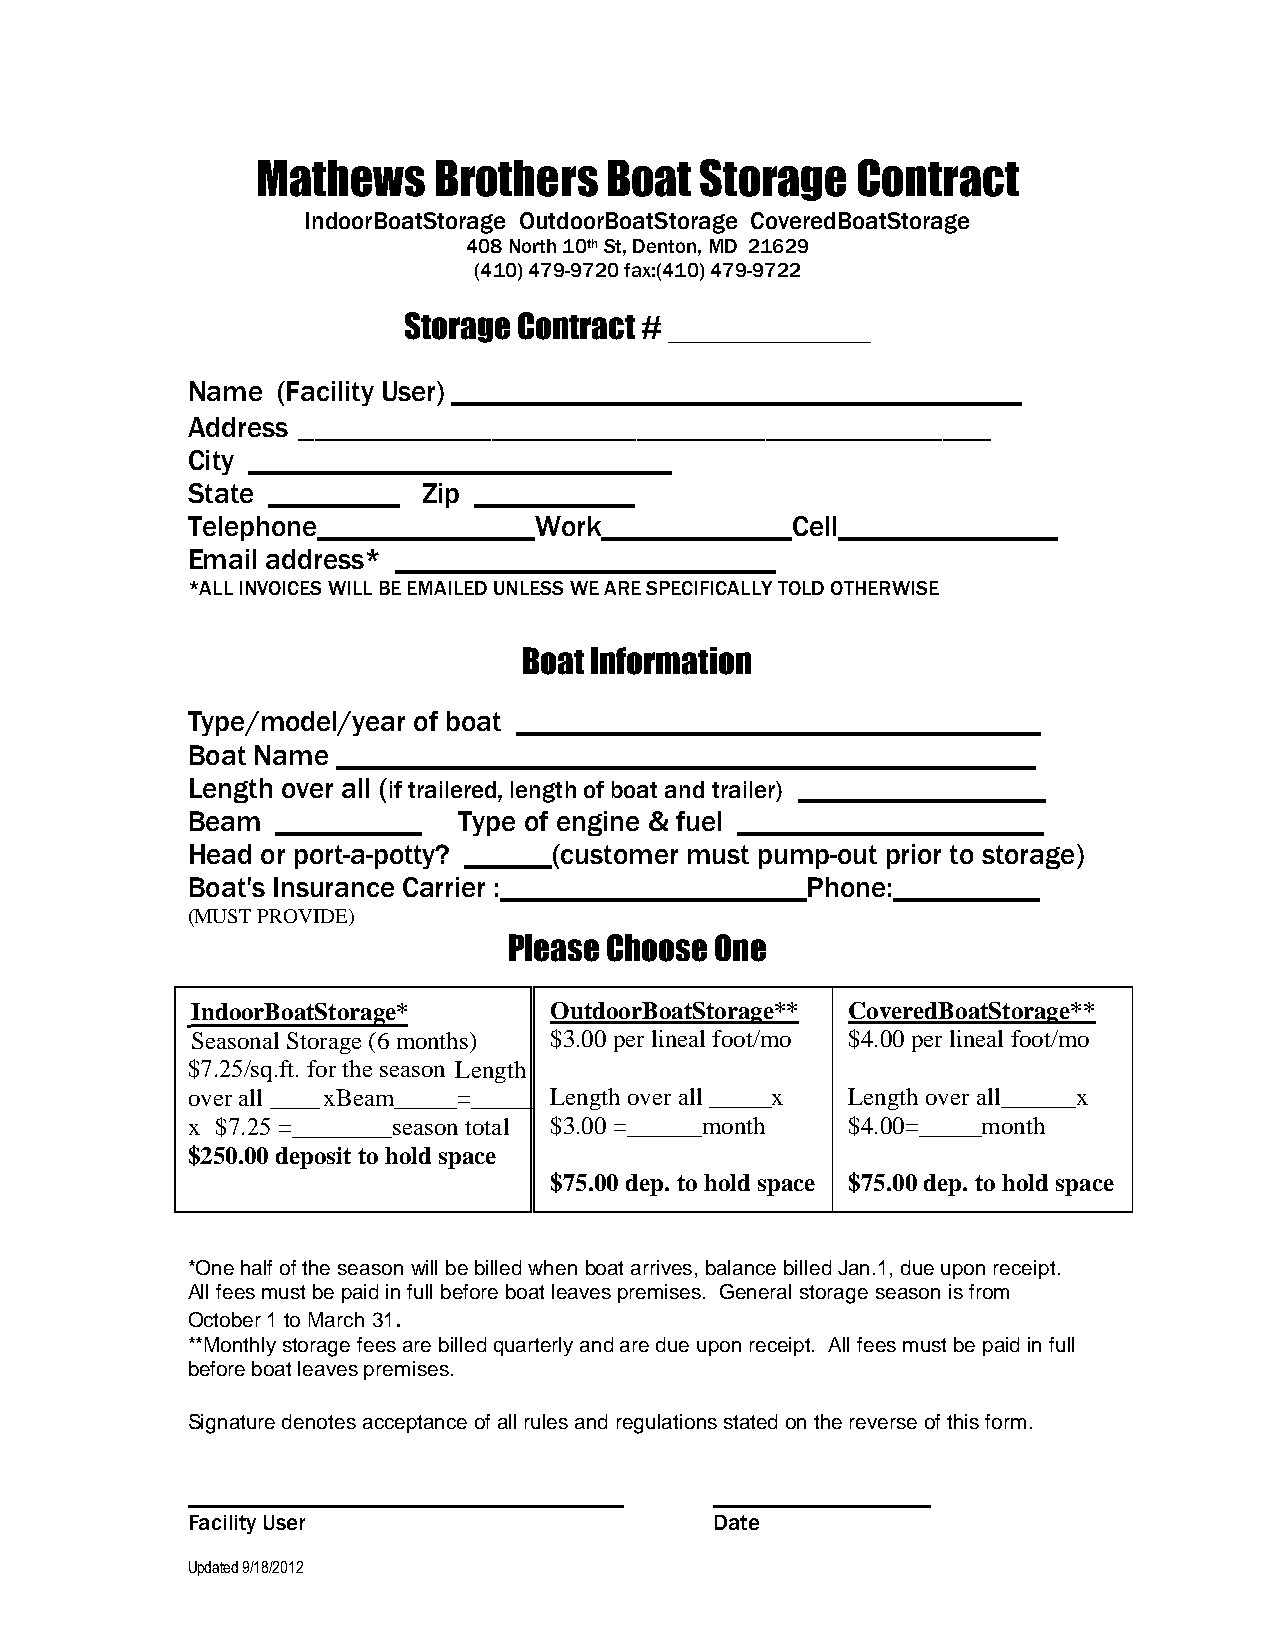
Mathews     Brothers   Boat  Storage    Contract
 IndoorBoatStorage OutdoorBoatStorage CoveredBoatStorage
 408 North 10th St, Denton, MD 21629
 (410)479-9720 fax:(410) 479-9722
 Storage Contract # ___________
 Name  (Facility User) _______________________________________
 Address ___________________________________________
 City _____________________________
 State _________ Zip ___________
 Telephone_______________Work_____________Cell_______________
 Email address* __________________________
 *ALL INVOICES WILL BE EMAILED UNLESS WE ARE SPECIFICALLY TOLD OTHERWISE
 Boat Information
 Type/model/year of boat ____________________________________
 Boat Name ________________________________________________
 Length over all (if trailered, length of boat and trailer) _________________
 Beam  __________  Type of engine & fuel _____________________
 Head or port-a-potty? ______(customer must pump-out prior to storage)
 Boat's Insurance Carrier :_____________________Phone:__________
 (MUST PROVIDE)
 Please Choose One
 IndoorBoatStorage*     OutdoorBoatStorage** CoveredBoatStorage**
 Seasonal Storage (6 months) $3.00 per lineal foot/mo $4.00 per lineal foot/mo
 $7.25/sq.ft. for the season Length
 over all ____ xBeam_____=_____ Length over all _____x L ength over all______x
 x $7.25 =________season total $3.00 =______month $4.00=_____month
 $250.00 deposit to hold space
 $75.00 dep. to hold space $ 75.00 dep. to hold space
 *One half of the season will be billed when boat arrives, balance billed Jan.1, due upon receipt.
 All fees must be paid in full before boat leaves premises. General storage season is from
 October 1 to March 31.
 **Monthly storage fees are billed quarterly and are due upon receipt. All fees must be paid in full
 before boat leaves premises.
 Signature denotes acceptance of all rules and regulations stated on the reverse of this form.
 ______________________________________ ___________________
 Facility User                      Date
 Updated 9/18/2012